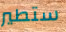
ستطير